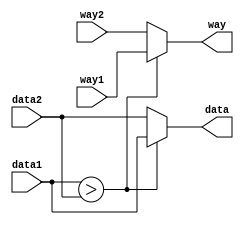
`timescale 10ns / 1ns

module comparator(
    input  [1:0]  way1,
    input  [1:0]  way2,
    output [1:0]  way,
    input  [31:0] data1,
    input  [31:0] data2,
    output [31:0] data
);

    wire flag;
    assign flag = data1 > data2;
    assign way  = flag ? way1 : way2;
    assign data = flag ? data1 : data2;

endmodule